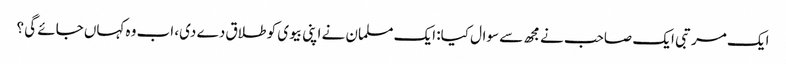
ایک مرتبی ایک صاحب نے مجھ سے سوال کیا: ایک مسلمان نے اپنی بیوی کو طلاق دے دی، اب وہ کہاں جائے گی ؟